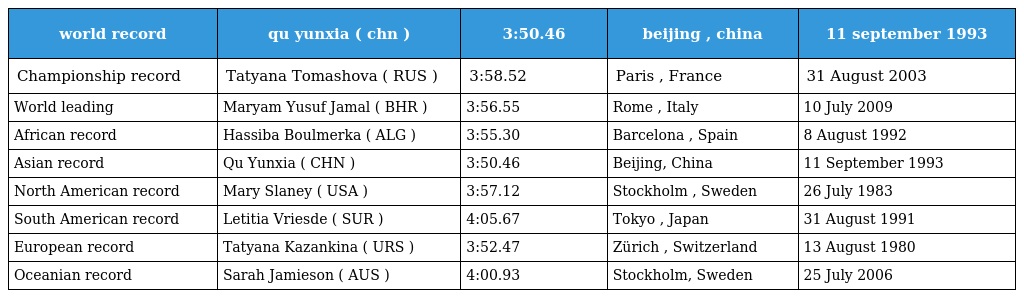
| world record | qu yunxia ( chn ) | 3:50.46 | beijing , china | 11 september 1993 |
 | --- | --- | --- | --- | --- |
 | Championship record | Tatyana Tomashova ( RUS ) | 3:58.52 | Paris , France | 31 August 2003 |
 | World leading | Maryam Yusuf Jamal ( BHR ) | 3:56.55 | Rome , Italy | 10 July 2009 |
 | African record | Hassiba Boulmerka ( ALG ) | 3:55.30 | Barcelona , Spain | 8 August 1992 |
 | Asian record | Qu Yunxia ( CHN ) | 3:50.46 | Beijing, China | 11 September 1993 |
 | North American record | Mary Slaney ( USA ) | 3:57.12 | Stockholm , Sweden | 26 July 1983 |
 | South American record | Letitia Vriesde ( SUR ) | 4:05.67 | Tokyo , Japan | 31 August 1991 |
 | European record | Tatyana Kazankina ( URS ) | 3:52.47 | Zürich , Switzerland | 13 August 1980 |
 | Oceanian record | Sarah Jamieson ( AUS ) | 4:00.93 | Stockholm, Sweden | 25 July 2006 |